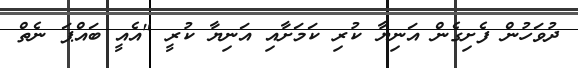
ދުވަހުން ފެށިގެން އަނިޔާ ކުރި ކަމަށާއި އަނިޔާ ކުރީ "އެއީ ބައްޕަ ނެތް